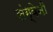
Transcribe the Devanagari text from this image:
संग्वेनी